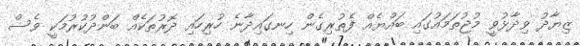
ޒިޔާދު ވިދާޅުވީ މުޖުތަމައުގައި ބައްޔެއް ފެތުރިގެން ހިނގައިދާނެ ހުރިހައި ދޮރުތަކެއް ބަންދުކުރުމަކީ ވެސް